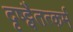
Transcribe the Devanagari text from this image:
दृष्ट्वैतत्कर्म